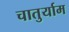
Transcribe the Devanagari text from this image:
चातुर्याम